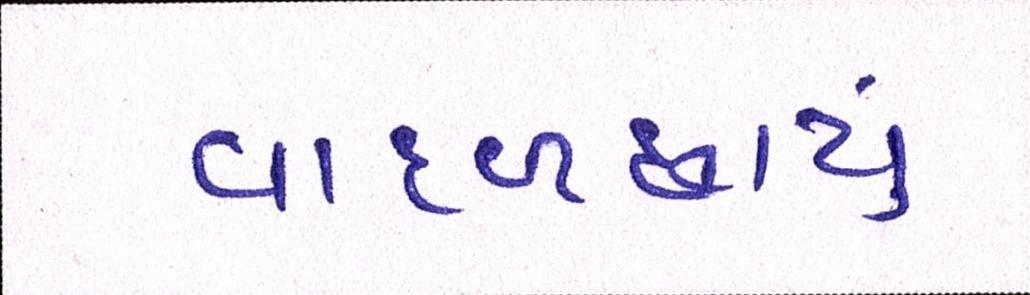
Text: વાદળછાયું